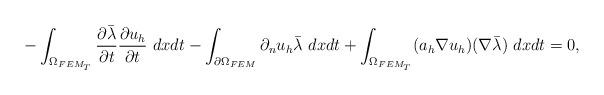
LaTeX: \begin{align*}&- \int_{\Omega_{FEM_T}} \frac{\partial \bar{\lambda}}{\partial t} \frac{\partial u_h}{\partial t}~ dxdt - \int_{\partial \Omega_{FEM}} \partial_n u_h \bar{\lambda} ~ dxdt+ \int_{\Omega_{FEM_T}} ( a_h \nabla u_h) (\nabla \bar{\lambda}) ~ dxdt = 0,\end{align*}